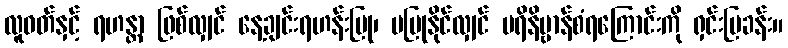
လူဝတ်နှင့် ရဟန္တာ ဖြစ်လျှင် နေ့ချင်းရဟန်းပြု၊ မပြုနိုင်လျှင် ပရိနိဗ္ဗာန်စံရကြောင်းကို ရှင်းပြခန်း။